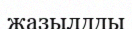
жазылдды